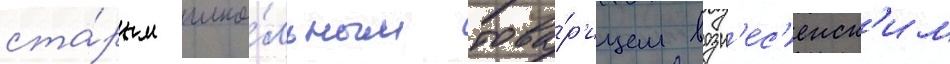
ста́рым шко́льным това́р'ищем возн'ес'енск'им